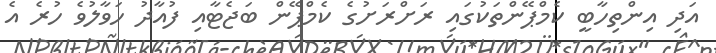
އަދި އިންތިހާބީ ކެމްޕޭންތަކުގައި ރަށްރަށުގެ ކެމްޕޭން ބަޖެޓާއި ފުއާދު ހަވާލުވެ ހުރެ އެ